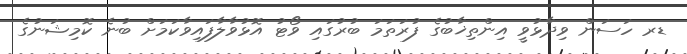
ޑރ ހަސަން ވިދާޅުވީ އިންތިޚާބުގެ ފުރަތަމަ ބުރުގައި ވޯޓު އޮޅުވާލާފައިވާކަމަށް ބުނެ ކޮމިޝަނުގެ